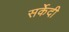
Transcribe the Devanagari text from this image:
सर्केदी